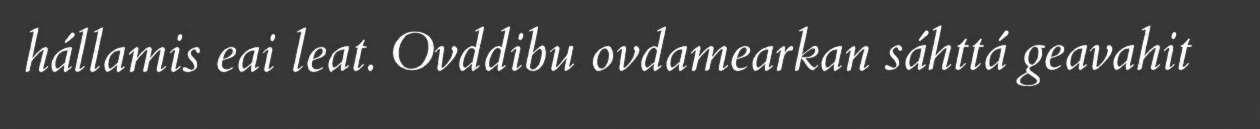
hállamis eai leat. Ovddibu ovdamearkan sáhttá geavahit